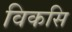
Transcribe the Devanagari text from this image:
विकसि